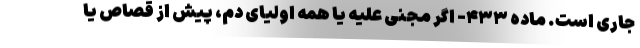
جاری است. ماده ۴۳۳- اگر مجنی علیه یا همه اولیای دم، پیش از قصاص یا